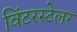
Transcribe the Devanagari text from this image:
विंटरस्टेलर